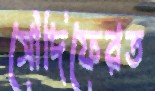
সৌদিফেরত